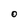
Character: O